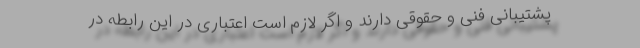
پشتیبانی فنی و حقوقی دارند و اگر لازم است اعتباری در این رابطه در